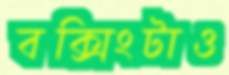
বক্সিংটাও